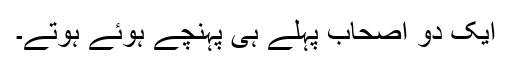
ایک دو اصحاب پہلے ہی پہنچے ہوئے ہوتے۔